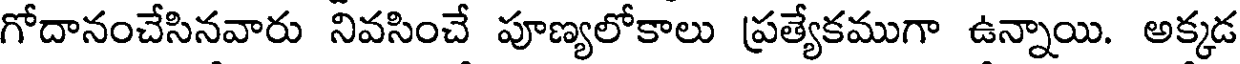
గోదానంచేసినవారు నివసించే పూణ్యలోకాలు ప్రత్యేకముగా ఉన్నాయి. అక్కడ